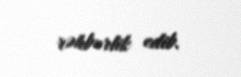
rəhbərlik edib.